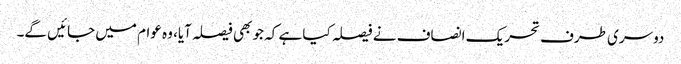
دوسری طرف تحریک انصاف نے فیصلہ کیا ہے کہ جو بھی فیصلہ آیا، وہ عوام میں جائیں گے۔